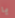
يا